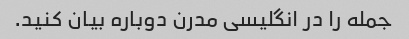
جمله را در انگلیسی مدرن دوباره بیان کنید.